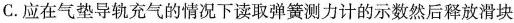
C.应在气垫导轨充气的情况下读取弹簧测力计的示数然后释放滑块